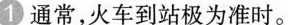
通常，火车到站极为准时。